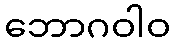
ဘောဂဝါဝ